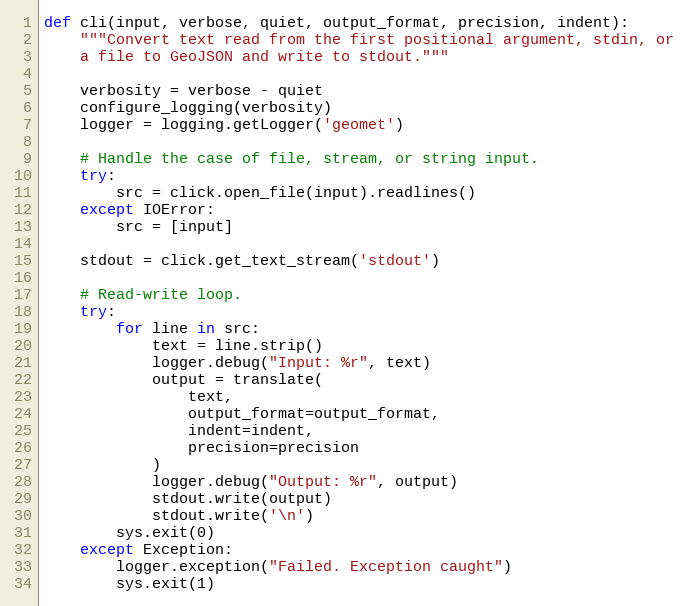
Language: Python
def cli(input, verbose, quiet, output_format, precision, indent):
    """Convert text read from the first positional argument, stdin, or
    a file to GeoJSON and write to stdout."""

    verbosity = verbose - quiet
    configure_logging(verbosity)
    logger = logging.getLogger('geomet')

    # Handle the case of file, stream, or string input.
    try:
        src = click.open_file(input).readlines()
    except IOError:
        src = [input]

    stdout = click.get_text_stream('stdout')

    # Read-write loop.
    try:
        for line in src:
            text = line.strip()
            logger.debug("Input: %r", text)
            output = translate(
                text,
                output_format=output_format,
                indent=indent,
                precision=precision
            )
            logger.debug("Output: %r", output)
            stdout.write(output)
            stdout.write('\n')
        sys.exit(0)
    except Exception:
        logger.exception("Failed. Exception caught")
        sys.exit(1)